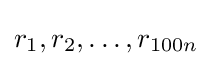
r_{1},r_{2},\dots ,r_{100n}